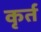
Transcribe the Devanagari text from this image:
कृर्त